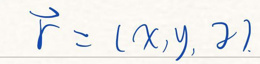
\vec{r}=(x,y,z).